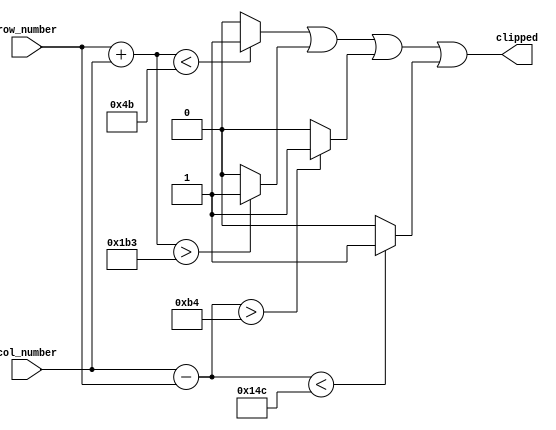
`timescale 1ns / 1ps
module corner_clipper(row_number,col_number,clipped);
// synopsys template
parameter bits = 8;
input [(bits-1):0] row_number;
input [(bits-1):0] col_number;
output clipped;
/// if clipped = 1 then, remove the pixel
wire [bits:0] addition;
wire signed [bits:0] subtraction;
wire comp1,comp2,comp3,comp4,comp5,comp6;
assign addition = {1'b0,row_number} + {1'b0,col_number};
assign subtraction = {1'b0,col_number} - {1'b0,row_number};
assign comp1 = (addition < 75) ? 1'b1:1'b0;
assign comp2 = (addition > 435) ? 1'b1:1'b0;
assign comp3 = (subtraction > 180) ? 1'b1:1'b0;
assign comp4 = (subtraction < -180) ? 1'b1:1'b0;
//assign comp5 = (addition == 75) ? 1'b1:1'b0;
//assign comp6 = (subtraction == -180) ? 1'b1:1'b0;
//assign comp7 = (row_number < 180 && row_number> 75 && col_number==0) ? 1'b1:1'b0;
assign clipped = comp1 | comp2 | comp3 | comp4;
//assign seed_pixel = comp5 | comp6 | comp7;
endmodule